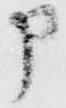
申